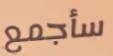
سأجمع